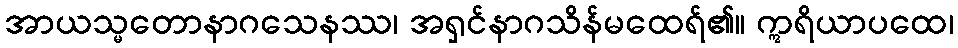
အာယသ္မတောနာဂသေနဿ၊ အရှင်နာဂသိန်မထေရ်၏။ ဣရိယာပထေ၊